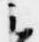
云